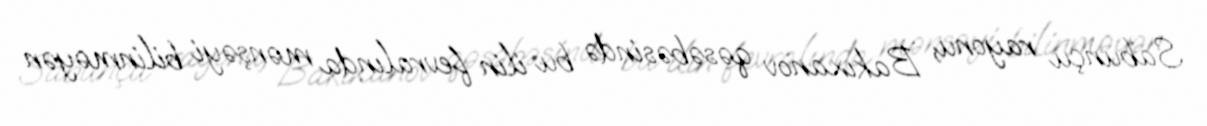
Sabunçu rayonu, Bakıxanov qəsəbəsində bu ilin fevralında mənşəyi bilinməyən